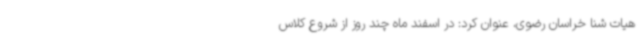
هیات شنا خراسان رضوی، عنوان کرد: در اسفند ماه چند روز از شروع کلاس